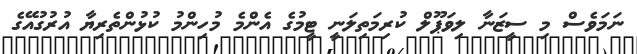
ނަމަވެސް މި ސީޒަނާ ލިވަޕޫލް ކުރިމަތިލަނީ ޓީމުގެ އެންމެ މުހިންމު ކުޅުންތެރިޔާ އުރުގުއޭގެ